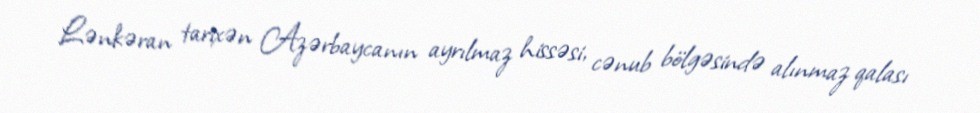
Lənkəran tarixən Azərbaycanın ayrılmaz hissəsi, cənub bölgəsində alınmaz qalası